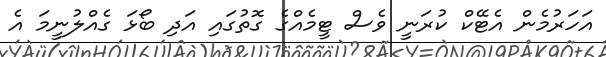
އަހަރުމެން އެޓޭކް ކުރަނީ ވެސް ޓީމެއްގެ ގޮތުގައި އަދި ބޯޅަ ގެއްލުނީމަ އެ